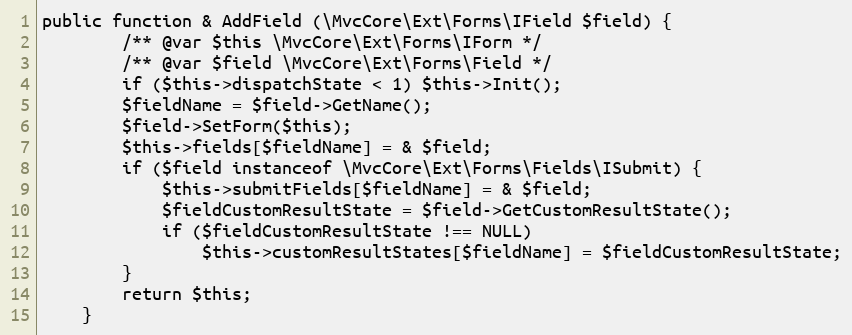
Language: PHP
public function & AddField (\MvcCore\Ext\Forms\IField $field) {
		/** @var $this \MvcCore\Ext\Forms\IForm */
		/** @var $field \MvcCore\Ext\Forms\Field */
		if ($this->dispatchState < 1) $this->Init();
		$fieldName = $field->GetName();
		$field->SetForm($this);
		$this->fields[$fieldName] = & $field;
		if ($field instanceof \MvcCore\Ext\Forms\Fields\ISubmit) {
			$this->submitFields[$fieldName] = & $field;
			$fieldCustomResultState = $field->GetCustomResultState();
			if ($fieldCustomResultState !== NULL)
				$this->customResultStates[$fieldName] = $fieldCustomResultState;
		}
		return $this;
	}